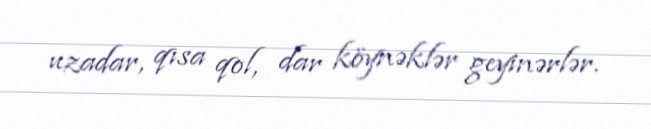
uzadar, qısa qol, dar köynəklər geyinərlər.